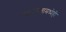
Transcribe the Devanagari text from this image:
महोत्सवामध्येही